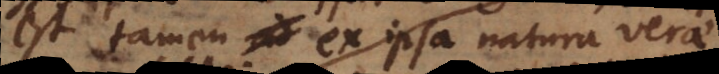
est tamen ex ipsa natura verae